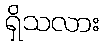
ရှိသလား